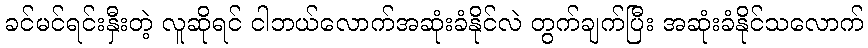
ခင်မင်ရင်းနှီးတဲ့ လူဆိုရင် ငါဘယ်လောက်အဆုံးခံနိုင်လဲ တွက်ချက်ပြီး အဆုံးခံနိုင်သလောက်